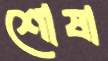
শোষা